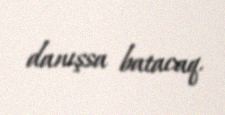
danışsa batacaq.